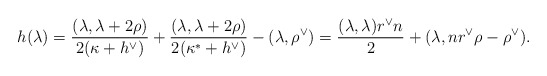
\begin{align*}h(\lambda) = \frac{(\lambda, \lambda + 2\rho)}{2 (\kappa+h^\vee)} + \frac{(\lambda, \lambda + 2\rho)}{2 (\kappa^*+h^\vee)} - (\lambda, \rho^\vee) = \frac{(\lambda,\lambda) r^\vee n }{2} + (\lambda, n r^\vee \rho -\rho^\vee).\end{align*}